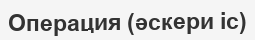
Операция (әскери іс)